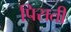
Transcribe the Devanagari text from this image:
पिसती